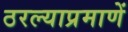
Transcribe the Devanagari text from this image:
ठरल्याप्रमाणें